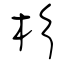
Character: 杉